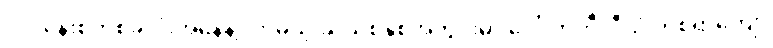
လုပ်ငန်းစုတစ်ခုလုံးအနေနဲ့ လာမယ့် ဆယ်စုနှစ်အတွင်းမှာ ဒေါ်လာဘီလီယံ တစ်ရာကျော်